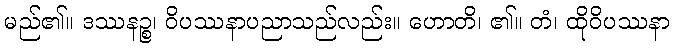
မည်၏။ ဒဿနဉ္စ၊ ဝိပဿနာပညာသည်လည်း။ ဟောတိ၊ ၏။ တံ၊ ထိုဝိပဿနာ